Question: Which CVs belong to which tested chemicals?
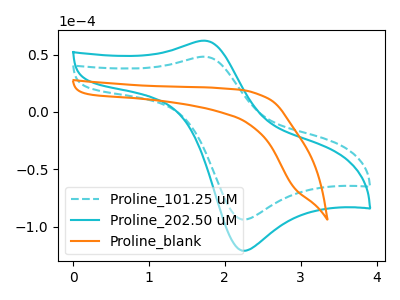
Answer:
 <answer>The cyan dashed curve is labeled "Proline_101.25 uM". The cyan curve is labeled "Proline_202.50 uM". The orange curve is labeled "Proline_blank".</answer>
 <eval></eval>